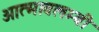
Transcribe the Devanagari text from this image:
आत्मावलम्बी